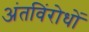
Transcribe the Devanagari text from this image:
अंतविंरोधों